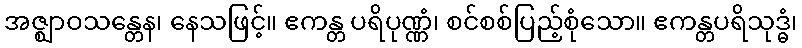
အဇ္ဈာဝသန္တေန၊ နေသဖြင့်။ ဧကန္တ ပရိပုဏ္ဏံ၊ စင်စစ်ပြည့်စုံသော။ ဧကန္တပရိသုဒ္ဓံ၊